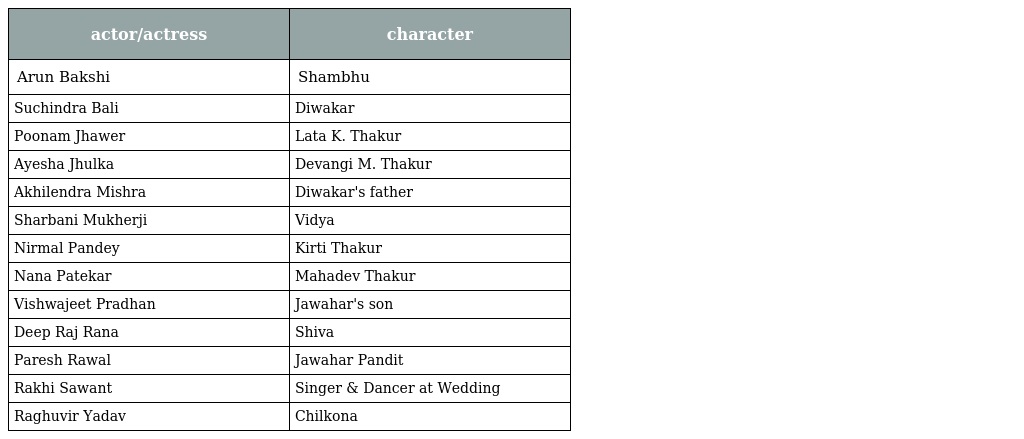
| actor/actress | character |
 | --- | --- |
 | Arun Bakshi | Shambhu |
 | Suchindra Bali | Diwakar |
 | Poonam Jhawer | Lata K. Thakur |
 | Ayesha Jhulka | Devangi M. Thakur |
 | Akhilendra Mishra | Diwakar's father |
 | Sharbani Mukherji | Vidya |
 | Nirmal Pandey | Kirti Thakur |
 | Nana Patekar | Mahadev Thakur |
 | Vishwajeet Pradhan | Jawahar's son |
 | Deep Raj Rana | Shiva |
 | Paresh Rawal | Jawahar Pandit |
 | Rakhi Sawant | Singer & Dancer at Wedding |
 | Raghuvir Yadav | Chilkona |